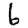
Digit: 6